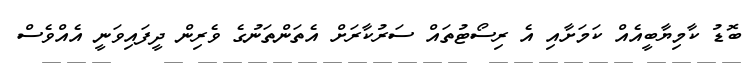
ބޮޑު ކާމިޔާބީއެއް ކަމަށާއި އެ ރިސޯޓުތައް ސަރުކާރަށް އެތަންތަނުގެ ވެރިން ދީފައިވަނީ އެއްވެސް